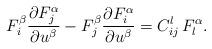
LaTeX: \begin{align*}F^\beta_i{\frac{\partial F^\alpha_j}{\partial u^\beta}}-F^\beta_j{\frac{\partial F^\alpha_i}{\partial u^\beta}}= C^l_{ij}\,F^\alpha_l.\end{align*}